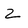
Character: Z